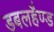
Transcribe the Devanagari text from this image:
डबलहैण्ड